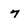
Character: 7